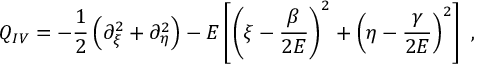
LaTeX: Q _ { I V } = - \frac { 1 } { 2 } \left( \partial _ { \xi } ^ { 2 } + \partial _ { \eta } ^ { 2 } \right) - E \left[ \left( \xi - \frac { \beta } { 2 E } \right) ^ { 2 } + \left( \eta - \frac { \gamma } { 2 E } \right) ^ { 2 } \right] \ ,